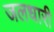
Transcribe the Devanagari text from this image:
जलधारी